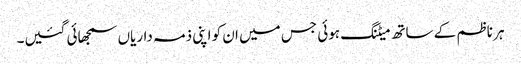
ہر ناظم کے ساتھ میٹنگ ہوئی جس میں ان کو اپنی ذمہ داریاں سمجھائی گئیں۔